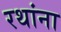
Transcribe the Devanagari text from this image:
रथांना